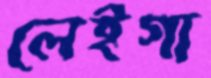
লেইগা